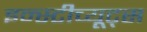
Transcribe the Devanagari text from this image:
इन्स्टीच्यूट्स